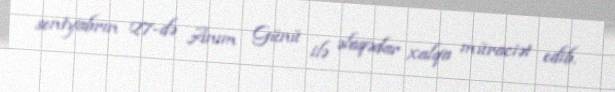
sentyabrın 27-də Anım Günü ilə əlaqədar xalqa müraciət edib.